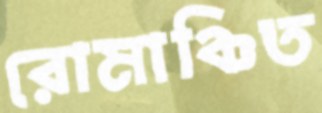
রোমাঞ্চিত